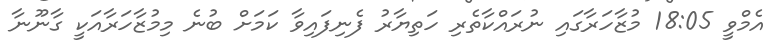
އެމްވީ 18:05 މުޒާހަރާގައި ނުރައްކާތެރި ހަތިޔާރު ފެނިފައިވާ ކަމަށް ބުނެ މިމުޒާހަރާއަކީ ގާނޫނާ